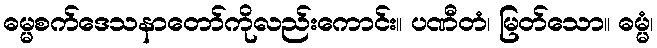
ဓမ္မစက်ဒေသနာတော်ကိုလည်းကောင်း။ ပဏီတံ၊ မြတ်သော။ ဓမ္မံ၊